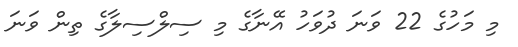
މި މަހުގެ 22 ވަނަ ދުވަހު އޭނާގެ މި ސިލްސިލާގެ ތިން ވަނަ